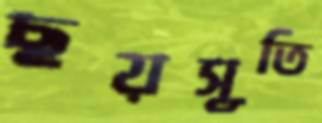
ছয়সূতি